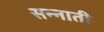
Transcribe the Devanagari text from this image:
सन्नाती